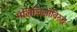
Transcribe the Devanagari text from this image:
गॅलिलिलोविरुद्ध